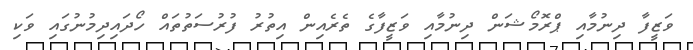
ވަޒީފާ ދިނުމާއި ޕްރޮމޯޝަން ދިނުމާއި ވަޒީފާގެ ތެރެއިން އިތުރު ފުރުސަތުތައް ހޯދައިދިމުނުގައި ވަކި